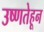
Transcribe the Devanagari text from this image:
उष्णतेहून